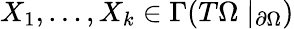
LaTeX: X_{1},\ldots,X_{k}\in\Gamma(T\Omega\mid_{\partial\Omega})